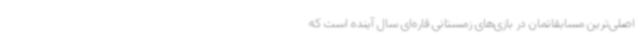
اصلی‌ترین مسابقاتمان در بازی‌های زمستانی قاره‌ای سال آینده است که